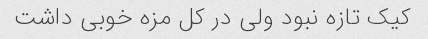
کیک تازه نبود ولی در کل مزه خوبی داشت